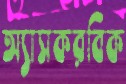
অ্যাসকরবিক